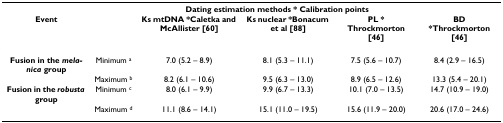
<table><thead><tr><td></td><td></td><td colspan="3"><b>Dating estimation methods * Calibration points</b></td><td></td></tr><tr><td><b>Event</b></td><td></td><td><b>Ks mtDNA *Caletka and McAllister [60]</b></td><td><b>Ks nuclear *Bonacum et al [88]</b></td><td><b>PL * Throckmorton [46]</b></td><td><b>BD *Throckmorton [46]</b></td></tr></thead><tbody><tr><td><b>Fusion in the <i>melanica </i>group</b></td><td>Minimum <sup>a</sup></td><td>7.0 (5.2 – 8.9)</td><td>8.1 (5.3 – 11.1)</td><td>7.5 (5.6 – 10.7)</td><td>8.4 (2.9 – 16.5)</td></tr><tr><td></td><td>Maximum <sup>b</sup></td><td>8.2 (6.1 – 10.6)</td><td>9.5 (6.3 – 13.0)</td><td>8.9 (6.5 – 12.6)</td><td>13.3 (5.4 – 20.1)</td></tr><tr><td><b>Fusion in the <i>robusta </i>group</b></td><td>Minimum <sup>c</sup></td><td>8.0 (6.1 – 9.9)</td><td>9.9 (6.7 – 13.3)</td><td>10.1 (7.0 – 13.5)</td><td>14.7 (10.9 – 19.0)</td></tr><tr><td></td><td>Maximum <sup>d</sup></td><td>11.1 (8.6 – 14.1)</td><td>15.1 (11.0 – 19.5)</td><td>15.6 (11.9 – 20.0)</td><td>20.6 (17.0 – 24.6)</td></tr></tbody></table>